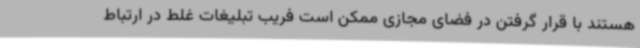
هستند با قرار گرفتن در فضای مجازی ممکن است فریب تبلیغات غلط در ارتباط